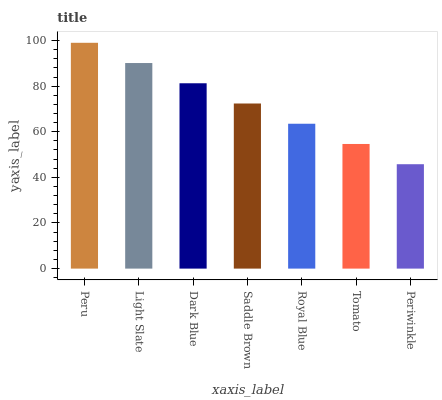
| xaxis_label | bars |
 | --- | --- |
 | Peru | 99 |
 | Light Slate | 90.1 |
 | Dark Blue | 81.3 |
 | Saddle Brown | 72.4 |
 | Royal Blue | 63.5 |
 | Tomato | 54.6 |
 | Periwinkle | 45.8 |